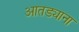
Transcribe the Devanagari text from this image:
आतड्याना